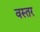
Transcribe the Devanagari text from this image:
वस्तर